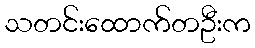
သတင်းထောက်တဦးက